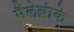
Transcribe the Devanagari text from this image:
मैलेब्रांके